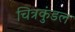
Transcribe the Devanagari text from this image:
चित्रकुंडल